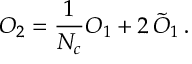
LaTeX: { \cal O } _ { 2 } = \frac { 1 } { N _ { c } } { \cal O } _ { 1 } + 2 \, \tilde { { \cal O } } _ { 1 } \, .